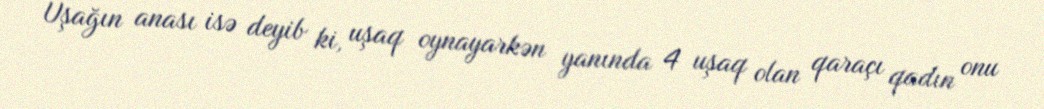
Uşağın anası isə deyib ki, uşaq oynayarkən yanında 4 uşaq olan qaraçı qadın onu